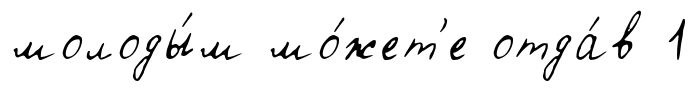
молоды́м мо́жет'е отда́в 1